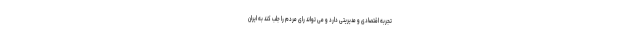
تجربه اقتصادی و مدیریتی دارد و می تواند رای مردم را جلب کند به ایران